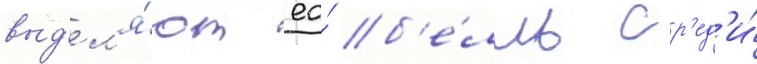
выд'ел'я́ют ео́ б'е́лль ср'ед'и́